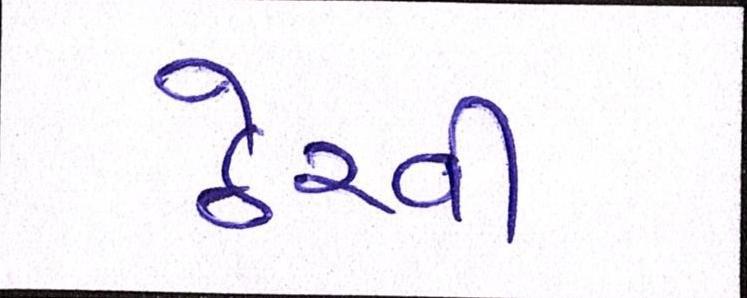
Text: ઠેરવી